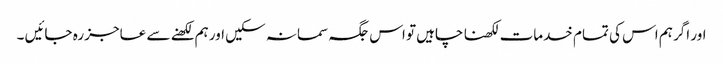
اور اگر ہم اس کی تمام خدمات لکھنا چاہیں تو اس جگہ سمانہ سکیں اور ہم لکھنے سے عاجز رہ جائیں ۔